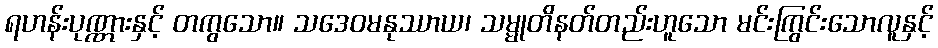
ရဟန်းပုဏ္ဏားနှင့် တကွသော။ သဒေဝမနုဿာယ၊ သမ္မုတိနတ်တည်းဟူသော မင်းကြွင်းသောလူနှင့်